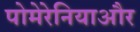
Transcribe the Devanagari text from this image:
पोमेरेनियाऔर